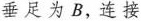
垂足为B，连接